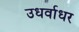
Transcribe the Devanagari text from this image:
उधर्वाधर